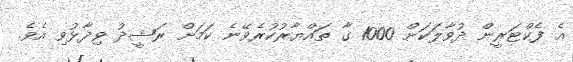
އެ ފެކްޓަރީން ދުވާލަކަށް 1000 ގާ ތައްޔާރުކުރެވޭނެ ކަމަށް ރަޝީދު ވިދާޅުވި އެވެ.